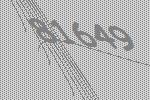
81649